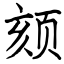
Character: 颏